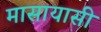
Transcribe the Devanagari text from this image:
मासायासी